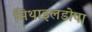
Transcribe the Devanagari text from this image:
मिथाइलडोपा